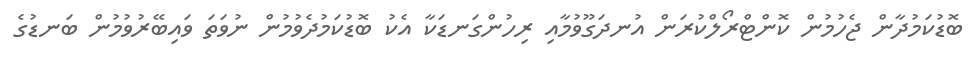
ބޮޑުކަމުދާން ޖެހުމުން ކޮންޓްރޯލްކުރަން އުނދަގޫވުމާއި ރިހުންގަނޑަކާ އެކު ބޮޑުކަމުދެވުމުން ނުވަތަ ވައިބޭރުވުމުން ބަނޑުގެ